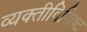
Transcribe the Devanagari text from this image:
व्यक्तीविशिष्ट